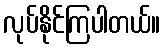
လုပ်နိုင်ကြပါတယ်။